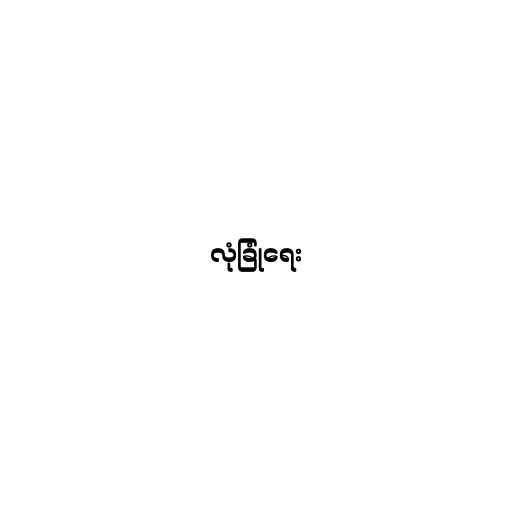
လုံခြုံရေး